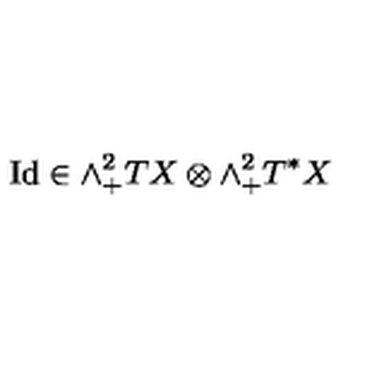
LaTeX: \mathrm { I d } \in \wedge _ { + } ^ { 2 } T X \otimes \wedge _ { + } ^ { 2 } T ^ { * } X